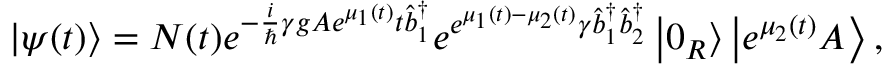
\left\vert \psi ( t ) \right\rangle = N ( t ) e ^ { - \frac { i } { \hslash } \gamma g A e ^ { \mu _ { 1 } ( t ) } t \hat { b } _ { 1 } ^ { \dagger } } e ^ { e ^ { \mu _ { 1 } ( t ) - \mu _ { 2 } ( t ) } \gamma \hat { b } _ { 1 } ^ { \dagger } \hat { b } _ { 2 } ^ { \dagger } } \left\vert 0 _ { R } \right\rangle \left\vert e ^ { \mu _ { 2 } ( t ) } A \right\rangle ,